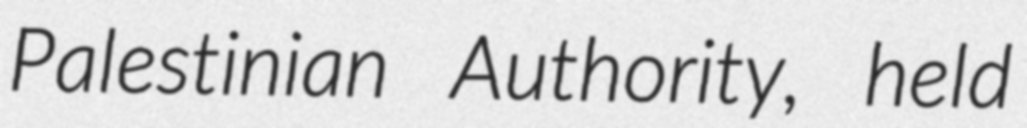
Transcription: Palestinian Authority, held